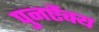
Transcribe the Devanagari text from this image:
पुनर्ऐक्य